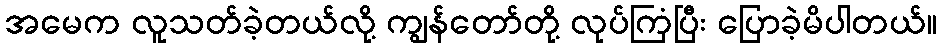
အမေက လူသတ်ခဲ့တယ်လို့ ကျွန်တော်တို့ လုပ်ကြံပြီး ပြောခဲ့မိပါတယ်။